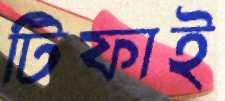
টিফাই